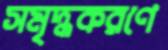
সমৃদ্ধকরণে